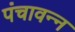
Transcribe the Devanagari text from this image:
पंचावन्‍न